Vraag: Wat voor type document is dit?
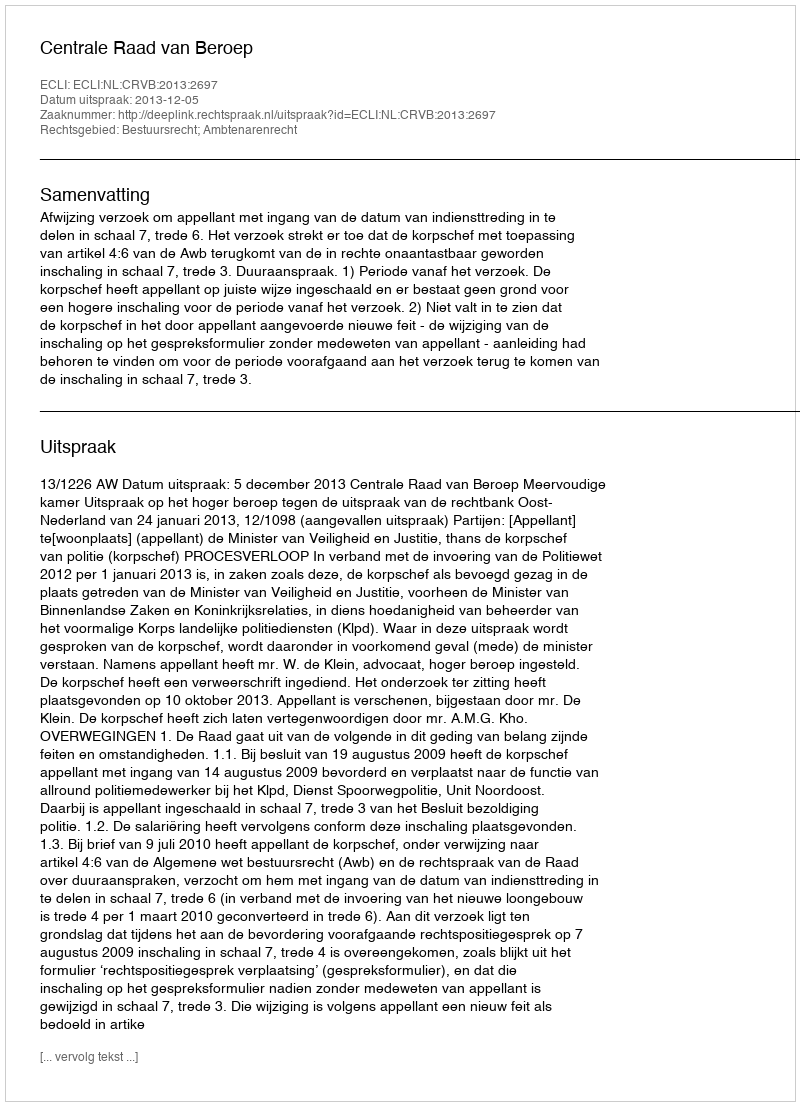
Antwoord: Uitspraak